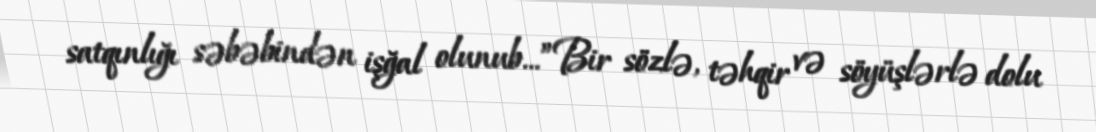
satqınlığı səbəbindən işğal olunub...”Bir sözlə, təhqir və söyüşlərlə dolu